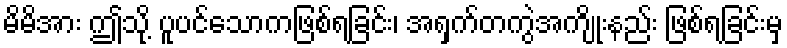
မိမိအား ဤသို့ ပူပင်သောကဖြစ်ရခြင်း၊ အရှက်တကွဲအကျိုးနည်း ဖြစ်ရခြင်းမှ